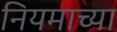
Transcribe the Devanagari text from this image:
नियमाच्या